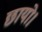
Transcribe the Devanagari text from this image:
छायो।